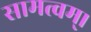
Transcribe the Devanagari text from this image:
सामत्वम्‌।